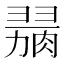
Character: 𦞋